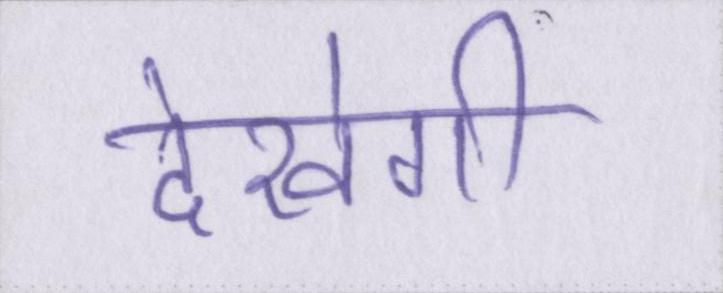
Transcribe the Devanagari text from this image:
देखेगी